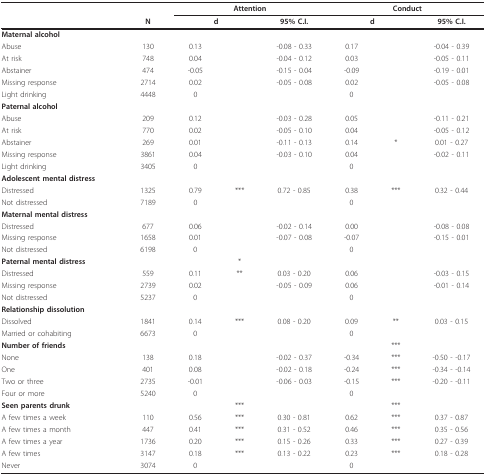
<table><thead><tr><td></td><td></td><td colspan="3"><b>Attention</b></td><td colspan="3"><b>Conduct</b></td></tr><tr><td></td><td><b>N</b></td><td colspan="2"><b>d</b></td><td><b>95% C.I.</b></td><td colspan="2"><b>d</b></td><td><b>95% C.I.</b></td></tr></thead><tbody><tr><td><b>Maternal alcohol</b></td><td></td><td></td><td></td><td></td><td></td><td></td><td></td></tr><tr><td>Abuse</td><td>130</td><td>0.13</td><td></td><td>-0.08 - 0.33</td><td>0.17</td><td></td><td>-0.04 - 0.39</td></tr><tr><td>At risk</td><td>748</td><td>0.04</td><td></td><td>-0.04 - 0.12</td><td>0.03</td><td></td><td>-0.05 - 0.11</td></tr><tr><td>Abstainer</td><td>474</td><td>-0.05</td><td></td><td>-0.15 - 0.04</td><td>-0.09</td><td></td><td>-0.19 - 0.01</td></tr><tr><td>Missing response</td><td>2714</td><td>0.02</td><td></td><td>-0.05 - 0.08</td><td>0.02</td><td></td><td>-0.05 - 0.08</td></tr><tr><td>Light drinking</td><td>4448</td><td>0</td><td></td><td></td><td>0</td><td></td><td></td></tr><tr><td><b>Paternal alcohol</b></td><td></td><td></td><td></td><td></td><td></td><td></td><td></td></tr><tr><td>Abuse</td><td>209</td><td>0.12</td><td></td><td>-0.03 - 0.28</td><td>0.05</td><td></td><td>-0.11 - 0.21</td></tr><tr><td>At risk</td><td>770</td><td>0.02</td><td></td><td>-0.05 - 0.10</td><td>0.04</td><td></td><td>-0.05 - 0.12</td></tr><tr><td>Abstainer</td><td>269</td><td>0.01</td><td></td><td>-0.11 - 0.13</td><td>0.14</td><td>*</td><td>0.01 - 0.27</td></tr><tr><td>Missing response</td><td>3861</td><td>0.04</td><td></td><td>-0.03 - 0.10</td><td>0.04</td><td></td><td>-0.02 - 0.11</td></tr><tr><td>Light drinking</td><td>3405</td><td>0</td><td></td><td></td><td>0</td><td></td><td></td></tr><tr><td><b>Adolescent mental distress</b></td><td></td><td></td><td></td><td></td><td></td><td></td><td></td></tr><tr><td>Distressed</td><td>1325</td><td>0.79</td><td>***</td><td>0.72 - 0.85</td><td>0.38</td><td>***</td><td>0.32 - 0.44</td></tr><tr><td>Not distressed</td><td>7189</td><td>0</td><td></td><td></td><td>0</td><td></td><td></td></tr><tr><td><b>Maternal mental distress</b></td><td></td><td></td><td></td><td></td><td></td><td></td><td></td></tr><tr><td>Distressed</td><td>677</td><td>0.06</td><td></td><td>-0.02 - 0.14</td><td>0.00</td><td></td><td>-0.08 - 0.08</td></tr><tr><td>Missing response</td><td>1658</td><td>0.01</td><td></td><td>-0.07 - 0.08</td><td>-0.07</td><td></td><td>-0.15 - 0.01</td></tr><tr><td>Not distressed</td><td>6198</td><td>0</td><td></td><td></td><td>0</td><td></td><td></td></tr><tr><td><b>Paternal mental distress</b></td><td></td><td></td><td>*</td><td></td><td></td><td></td><td></td></tr><tr><td>Distressed</td><td>559</td><td>0.11</td><td>**</td><td>0.03 - 0.20</td><td>0.06</td><td></td><td>-0.03 - 0.15</td></tr><tr><td>Missing response</td><td>2739</td><td>0.02</td><td></td><td>-0.05 - 0.09</td><td>0.06</td><td></td><td>-0.01 - 0.14</td></tr><tr><td>Not distressed</td><td>5237</td><td>0</td><td></td><td></td><td>0</td><td></td><td></td></tr><tr><td><b>Relationship dissolution</b></td><td></td><td></td><td></td><td></td><td></td><td></td><td></td></tr><tr><td>Dissolved</td><td>1841</td><td>0.14</td><td>***</td><td>0.08 - 0.20</td><td>0.09</td><td>**</td><td>0.03 - 0.15</td></tr><tr><td>Married or cohabiting</td><td>6673</td><td>0</td><td></td><td></td><td>0</td><td></td><td></td></tr><tr><td><b>Number of friends</b></td><td></td><td></td><td></td><td></td><td></td><td>***</td><td></td></tr><tr><td>None</td><td>138</td><td>0.18</td><td></td><td>-0.02 - 0.37</td><td>-0.34</td><td>***</td><td>-0.50 - -0.17</td></tr><tr><td>One</td><td>401</td><td>0.08</td><td></td><td>-0.02 - 0.18</td><td>-0.24</td><td>***</td><td>-0.34 - -0.14</td></tr><tr><td>Two or three</td><td>2735</td><td>-0.01</td><td></td><td>-0.06 - 0.03</td><td>-0.15</td><td>***</td><td>-0.20 - -0.11</td></tr><tr><td>Four or more</td><td>5240</td><td>0</td><td></td><td></td><td>0</td><td></td><td></td></tr><tr><td><b>Seen parents drunk</b></td><td></td><td></td><td>***</td><td></td><td></td><td>***</td><td></td></tr><tr><td>A few times a week</td><td>110</td><td>0.56</td><td>***</td><td>0.30 - 0.81</td><td>0.62</td><td>***</td><td>0.37 - 0.87</td></tr><tr><td>A few times a month</td><td>447</td><td>0.41</td><td>***</td><td>0.31 - 0.52</td><td>0.46</td><td>***</td><td>0.35 - 0.56</td></tr><tr><td>A few times a year</td><td>1736</td><td>0.20</td><td>***</td><td>0.15 - 0.26</td><td>0.33</td><td>***</td><td>0.27 - 0.39</td></tr><tr><td>A few times</td><td>3147</td><td>0.18</td><td>***</td><td>0.13 - 0.22</td><td>0.23</td><td>***</td><td>0.18 - 0.28</td></tr><tr><td>Never</td><td>3074</td><td>0</td><td></td><td></td><td>0</td><td></td><td></td></tr></tbody></table>